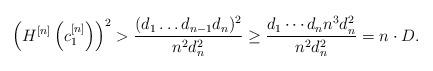
LaTeX: \begin{align*}\left(H^{[n]}\left(c_1^{[n]}\right)\right)^2>\frac{(d_1\dots d_{n-1} d_n)^2}{n^2 d_n^2} \geq\frac{d_1\cdots d_n n^3 d_n^2}{n^2 d_n^2} =n\cdot D.\end{align*}